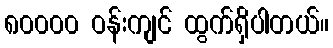
၈၀၀၀၀ ဝန်းကျင် ထွက်ရှိပါတယ်။